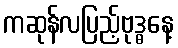
ကဆုန်လပြည့်ဗုဒ္ဓနေ့